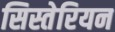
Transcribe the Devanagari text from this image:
सिस्तेरियन